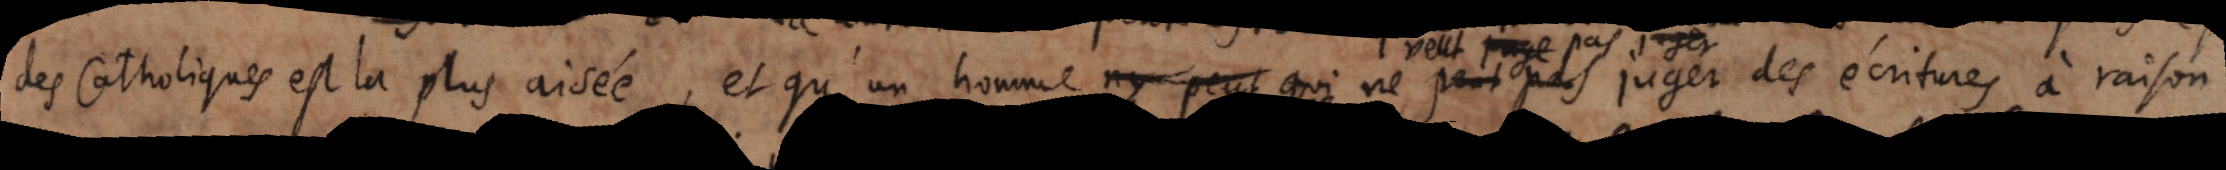
des Catholiques est la plus aisée, et qu’un homme n’y peut qui ne veut pas juger des écritures à raison